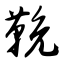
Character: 鞔